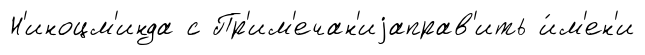
Н'иноцм'инда с Пр'им'ечан'иjаправ'ить и́м'ен'и